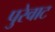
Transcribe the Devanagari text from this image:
पुरेवाट